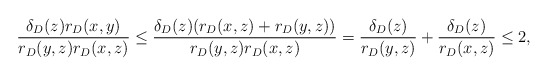
\begin{align*}\frac{\delta_{D}(z)r_{D}(x,y)}{r_{D}(y,z)r_{D}(x,z)}\le\frac{\delta_{D}(z)(r_{D}(x,z)+r_{D}(y,z))}{r_{D}(y,z)r_{D}(x,z)}=\frac{\delta_{D}(z)}{r_{D}(y,z)}+\frac{\delta_{D}(z)}{r_{D}(x,z)}\le2,\end{align*}